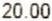
20.00